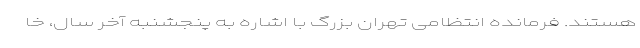
هستند. فرمانده انتظامی تهران بزرگ با اشاره به پنجشنبه آخر سال، خا